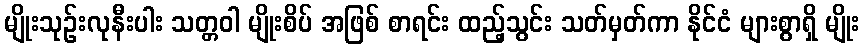
မျိုးသုဉ်းလုနီးပါး သတ္တဝါ မျိုးစိပ် အဖြစ် စာရင်း ထည့်သွင်း သတ်မှတ်ကာ နိုင်ငံ များစွာရှိ မျိုး